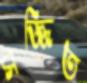
সজ্জিত